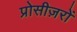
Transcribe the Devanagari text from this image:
प्रोसीज़रों